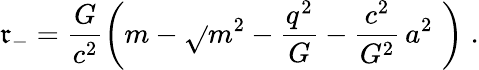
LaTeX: \mathfrak{r}_{-}=\frac{{G}}{{c^{2}}}\left(m-\sqrt{}{{m^{2}-\frac{{q^{2}}}{{G}}-\frac{{c^{2}}}{{G^{2}}}\, a^{2}}}\, \, \right)\; .